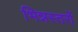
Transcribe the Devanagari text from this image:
भिन्नस्तरों